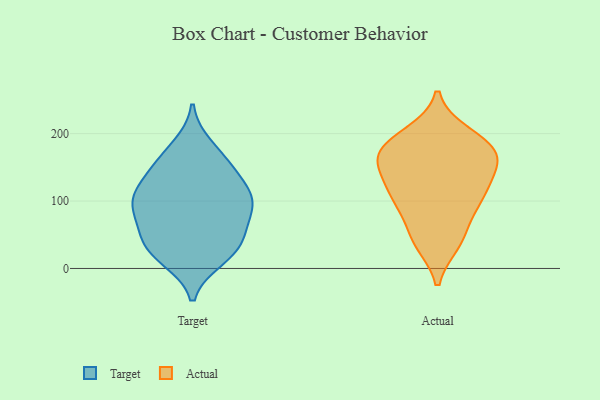
{"axis": {"x": "Shipments", "y": "Value"}, "legend": ["Actual", "Target"], "data": [{"x": "", "y": 105, "type": "Target"}, {"x": "", "y": 22, "type": "Target"}, {"x": "", "y": 34, "type": "Target"}, {"x": "", "y": 103, "type": "Target"}, {"x": "", "y": 99, "type": "Target"}, {"x": "", "y": 58, "type": "Target"}, {"x": "", "y": 105, "type": "Target"}, {"x": "", "y": 159, "type": "Target"}, {"x": "", "y": 55, "type": "Target"}, {"x": "", "y": 181, "type": "Target"}, {"x": "", "y": 15, "type": "Target"}, {"x": "", "y": 143, "type": "Target"}, {"x": "", "y": 103, "type": "Target"}, {"x": "", "y": 148, "type": "Target"}, {"x": "", "y": 79, "type": "Target"}, {"x": "", "y": 30, "type": "Target"}, {"x": "", "y": 96, "type": "Actual"}, {"x": "", "y": 172, "type": "Actual"}, {"x": "", "y": 158, "type": "Actual"}, {"x": "", "y": 107, "type": "Actual"}, {"x": "", "y": 86, "type": "Actual"}, {"x": "", "y": 170, "type": "Actual"}, {"x": "", "y": 176, "type": "Actual"}, {"x": "", "y": 133, "type": "Actual"}, {"x": "", "y": 40, "type": "Actual"}, {"x": "", "y": 196, "type": "Actual"}, {"x": "", "y": 48, "type": "Actual"}, {"x": "", "y": 182, "type": "Actual"}, {"x": "", "y": 114, "type": "Actual"}, {"x": "", "y": 200, "type": "Actual"}, {"x": "", "y": 111, "type": "Actual"}, {"x": "", "y": 38, "type": "Actual"}, {"x": "", "y": 149, "type": "Actual"}, {"x": "", "y": 157, "type": "Actual"}]}